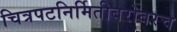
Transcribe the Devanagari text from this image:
चित्रपटनिर्मितीबरोबरच